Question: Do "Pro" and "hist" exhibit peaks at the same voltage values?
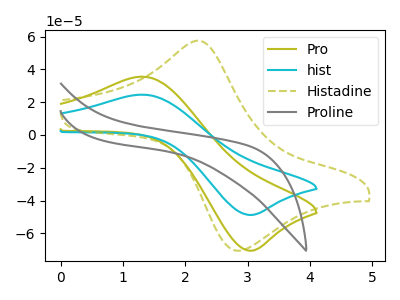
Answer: <think>The olive curve "Pro" has an anodic peak at (1.35V, 35.50uA) and a cathodic peak at (3.00V, -70.55uA). The cyan curve "hist" has an anodic peak at (1.35V, 24.55uA) and a cathodic peak at (3.00V, -48.80uA). The olive dashed curve "Histadine" has an anodic peak at (2.20V, 57.40uA) and a cathodic peak at (2.80V, -70.45uA). The gray curve "Proline" has no peaks.</think>
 <answer>Yes, "Pro" have a peak in "hist" at the same potential.</answer>
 <eval>match</eval>